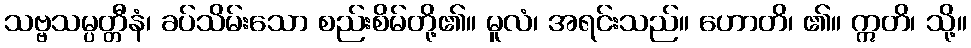
သဗ္ဗသမ္ပတ္တီနံ၊ ခပ်သိမ်းသော စည်းစိမ်တို့၏။ မူလံ၊ အရင်းသည်။ ဟောတိ၊ ၏။ ဣတိ၊ သို့။